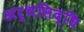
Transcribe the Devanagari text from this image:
अर्थसिद्धि